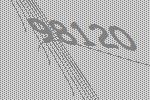
98120